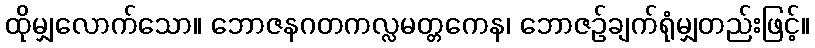
ထိုမျှလောက်သော။ ဘောဇနဂတကလ္လမတ္တကေန၊ ဘောဇဉ်ချက်ရုံမျှတည်းဖြင့်။